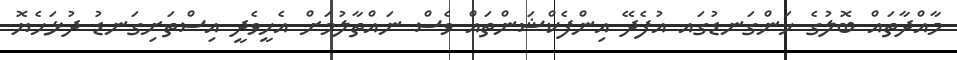
މާއްދާތައް ބޮލުގެ ހަންގަނޑުގައ އުފެދޭ އިންފެކްޝަންތައް ވެސް ނައްތާލުމަށް އެހީވެދީ އިސްތަށިގަނޑު ދުޅަހެޔޮ